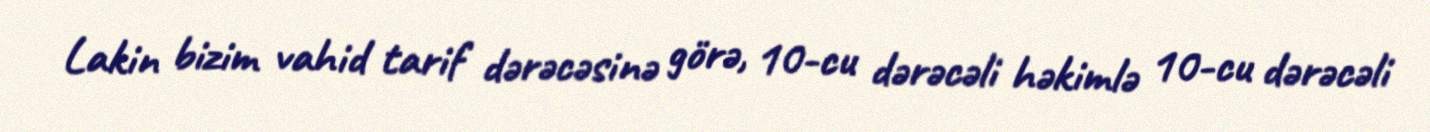
Lakin bizim vahid tarif dərəcəsinə görə, 10-cu dərəcəli həkimlə 10-cu dərəcəli